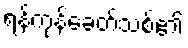
ရန်ကုန်ခေတ်သစ်၏